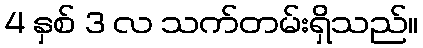
4 နှစ် 3 လ သက်တမ်းရှိသည်။